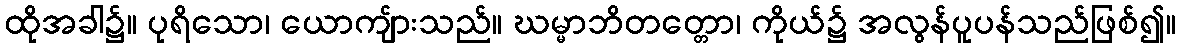
ထိုအခါ၌။ ပုရိသော၊ ယောကျ်ားသည်။ ဃမ္မာဘိတတ္တော၊ ကိုယ်၌ အလွန်ပူပန်သည်ဖြစ်၍။